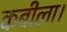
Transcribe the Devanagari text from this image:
कबीला।